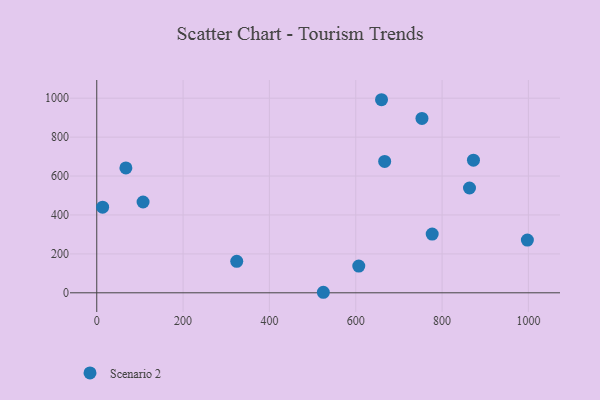
{"axis": {"x": "Investment", "y": "Sales"}, "legend": ["Scenario 2"], "data": [{"x": "67.5", "y": 641.8, "type": "Scenario 2"}, {"x": "872.7", "y": 681.6, "type": "Scenario 2"}, {"x": "863.5", "y": 538.4, "type": "Scenario 2"}, {"x": "753.4", "y": 896.1, "type": "Scenario 2"}, {"x": "997.6", "y": 270.7, "type": "Scenario 2"}, {"x": "667.0", "y": 675.1, "type": "Scenario 2"}, {"x": "524.9", "y": 2.7, "type": "Scenario 2"}, {"x": "13.6", "y": 440.2, "type": "Scenario 2"}, {"x": "324.3", "y": 161.7, "type": "Scenario 2"}, {"x": "777.1", "y": 301.7, "type": "Scenario 2"}, {"x": "607.0", "y": 137.1, "type": "Scenario 2"}, {"x": "659.7", "y": 992.1, "type": "Scenario 2"}, {"x": "107.3", "y": 466.6, "type": "Scenario 2"}]}